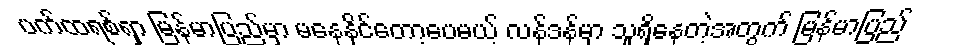
ပက်ထရစ်ရှာ မြန်မာပြည်မှာ မနေနိုင်တော့ပေမယ့် လန်ဒန်မှာ သူရှိနေတဲ့အတွက် မြန်မာပြည်